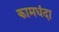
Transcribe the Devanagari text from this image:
कामधंदा